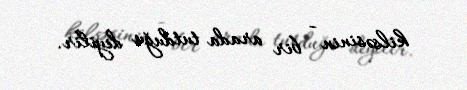
kilsəsinin - bir arada tutduğu deyilir.